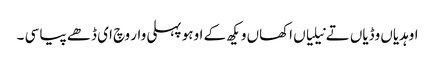
اوہدیاں وڈیاں تے نیلیاں اکھاں و یکھ کے اوہو پہلی وار وچ ای ڈھے پیا سی ۔